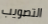
التصويب